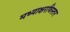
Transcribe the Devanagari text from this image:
मध्याक्षरविस्तर